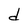
Character: d